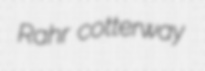
Rahr cotterway